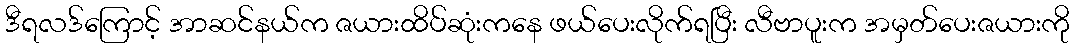
ဒီရလဒ်ကြောင့် အာဆင်နယ်က ဇယားထိပ်ဆုံးကနေ ဖယ်ပေးလိုက်ရပြီး လီဗာပူးက အမှတ်ပေးဇယားကို